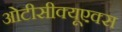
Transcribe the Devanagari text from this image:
ओटीसीक्यूएक्स